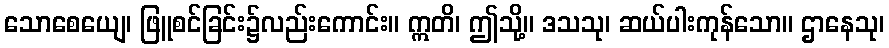
သောစေယျေ၊ ဖြူစင်ခြင်း၌လည်းကောင်း။ ဣတိ၊ ဤသို့။ ဒသသု၊ ဆယ်ပါးကုန်သော။ ဌာနေသု၊